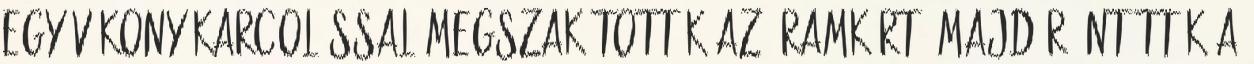
egy vékony karcolással megszakították az áramkört, majd ráöntötték a